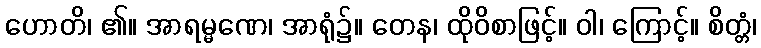
ဟောတိ၊ ၏။ အာရမ္မဏေ၊ အာရုံ၌။ တေန၊ ထိုဝိစာဖြင့်။ ဝါ၊ ကြောင့်။ စိတ္တံ၊